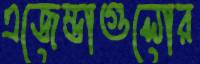
এজেন্ডাগুলোর